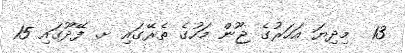
13  މިދިޔަ އަހަރުގެ ޖޫން މަހުގެ ތެރޭގައި ށ. ފޭދޫގައި 15